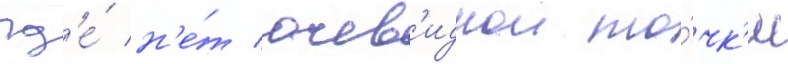
гд'е́ н'е́т очев'иднои то́чк'и